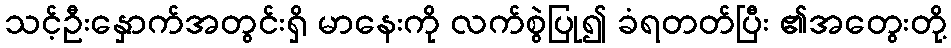
သင့်ဦးနှောက်အတွင်းရှိ မာနေးကို လက်စွဲပြု၍ ခံရတတ်ပြီး ၏အတွေးတို့